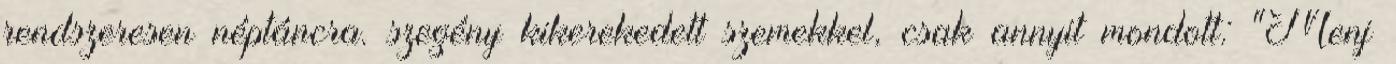
rendszeresen néptáncra. szegény kikerekedett szemekkel, csak annyit mondott: "Menj